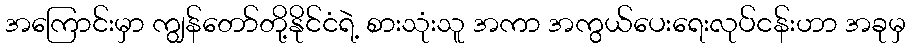
အကြောင်းမှာ ကျွန်တော်တို့နိုင်ငံရဲ့ စားသုံးသူ အကာ အကွယ်ပေးရေးလုပ်ငန်းဟာ အခုမှ